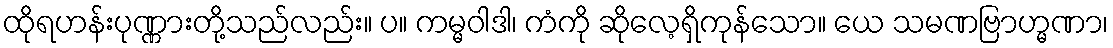
ထိုရဟန်းပုဏ္ဏားတို့သည်လည်း။ ပ။ ကမ္မဝါဒါ၊ ကံကို ဆိုလေ့ရှိကုန်သော။ ယေ သမဏဗြာဟ္မဏာ၊